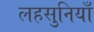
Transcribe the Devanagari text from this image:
लहसुनियाँ